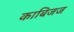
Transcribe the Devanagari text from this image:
काबिजज